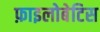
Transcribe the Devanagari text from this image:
फ़ाइलोबेटिस